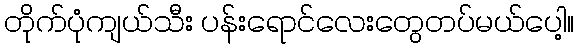
တိုက်ပုံကျယ်သီး ပန်းရောင်လေးတွေတပ်မယ်ပေါ့။